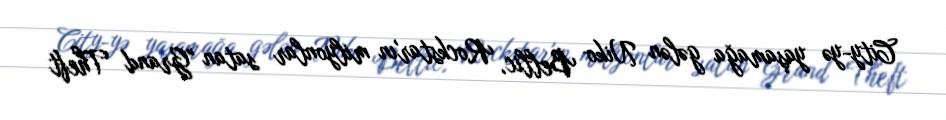
City-yə yaşamağa gələn Niko Bellic, Rockstar'ın milyonlar satan "Grand Theft